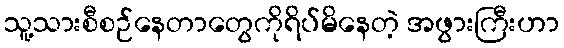
သူ့သားစီစဉ်နေတာတွေကိုရိပ်မိနေတဲ့ အဖွားကြီးဟာ